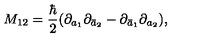
M _ { 1 2 } = \frac { \hbar } { 2 } ( \partial _ { a _ { 1 } } \partial _ { \bar { a } _ { 2 } } - \partial _ { \bar { a } _ { 1 } } \partial _ { a _ { 2 } } ) ,